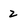
Character: 2